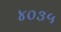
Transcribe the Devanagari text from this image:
४०३५